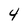
Character: 4